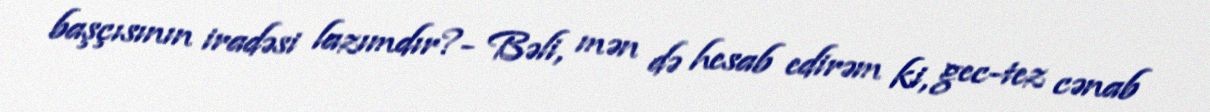
başçısının iradəsi lazımdır?- Bəli, mən də hesab edirəm ki, gec-tez cənab